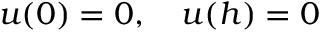
u ( 0 ) = 0 , \quad u ( h ) = 0